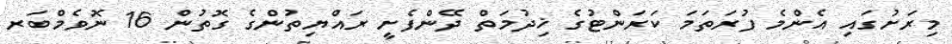
މިރަށުގައި އެންމެ ފުރަތަމަ ކަރަންޓުގެ ޚިދުމަތް ދޭންފެށީ ރައްޔިތުންގެ ގޮތުން 16 ނޮވެމްބަރ